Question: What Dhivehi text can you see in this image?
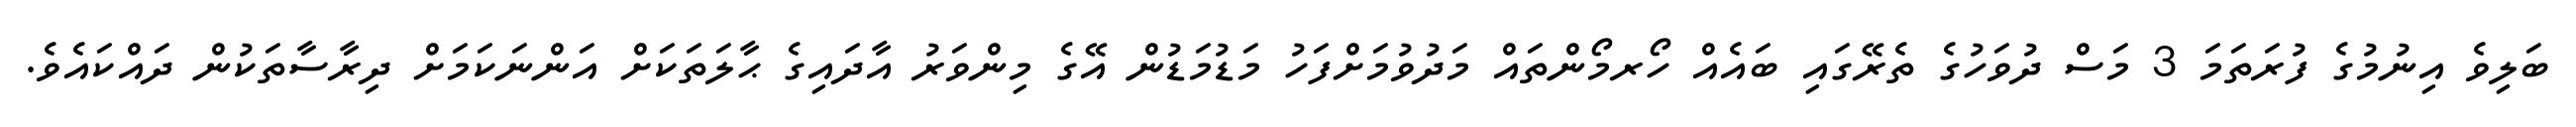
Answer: ބަލިވެ އިނުމުގެ ފުރަތަމަ 3 މަސް ދުވަހުގެ ތެރޭގައި ބައެއް ހޯރމޯންތައް މަދުވުމަށްފަހު މަޑުމަޑުން އޭގެ މިންވަރު އާދައިގެ ޙާލަތަކަށް އަންނަކަމަށް ދިރާސާތަކުން ދައްކައެވެ.